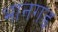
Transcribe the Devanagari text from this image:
भानगड़